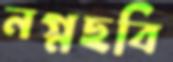
নগ্নছবি